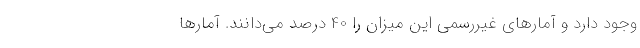
وجود دارد و آمارهای غیررسمی این میزان را 40 درصد می‌دانند. آمارها